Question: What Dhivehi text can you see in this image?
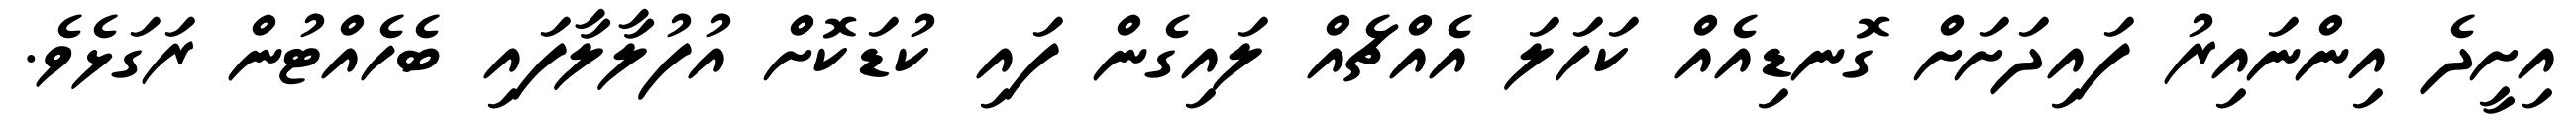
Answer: އިށީދެ އިންނައިރު ފައިދަށަށް ގޮނޑިއެއް ކަހަލަ އެއްޗެއް ލައިގެން ފައި ކުޑަކޮށް އުފުލާލާފައި ބެހެއްޓުން ރަގަޅެވެ.